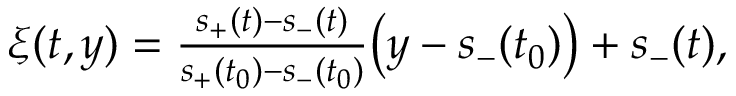
\begin{array} { r } { \xi ( t , y ) = \frac { s _ { + } ( t ) - s _ { - } ( t ) } { s _ { + } ( t _ { 0 } ) - s _ { - } ( t _ { 0 } ) } \bigl ( y - s _ { - } ( t _ { 0 } ) \bigr ) + s _ { - } ( t ) , } \end{array}